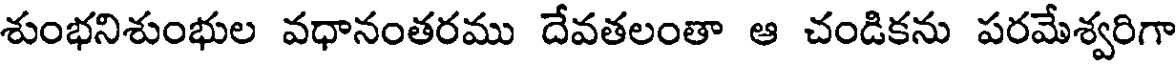
శుంభనిశుంభుల వధానంతరము దేవతలంతా ఆ చండికను పరమేశ్వరిగా